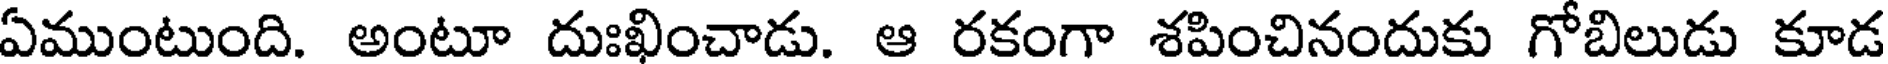
ఏముంటుంది. అంటూ దుఃఖించాడు. ఆ రకంగా శపించినందుకు గోబిలుడు కూడ